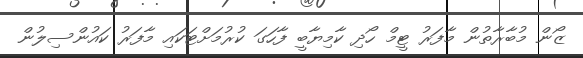
ޒޯން މުބާރާތުން މާފަރު ޓީމް ހޯދި ކާމިޔާބީ ފާހަގަ ކުރުމަށްޓަކައި މާފަރު ކައުންސިލުން